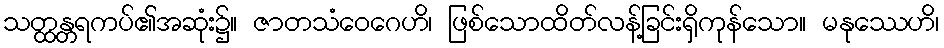
သတ္ထန္တရကပ်၏အဆုံး၌။ ဇာတသံဝေဂေဟိ၊ ဖြစ်သောထိတ်လန့်ခြင်းရှိကုန်သော။ မနုဿေဟိ၊